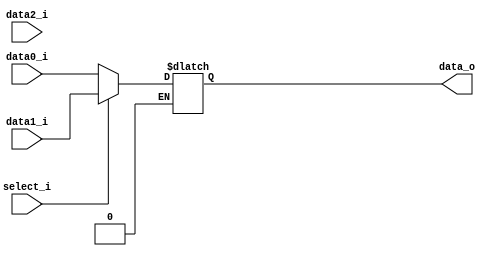
`timescale 1ns / 1ps
//////////////////////////////////////////////////////////////////////////////////
// Company: 
// Engineer: 
// 
// Design Name: 
// Module Name:    MUX_3to1 
// Project Name: 
// Target Devices: 
// Tool versions: 
// Description: 
//
// Dependencies: 
//
// Revision: 
// Revision 0.01 - File Created
// Additional Comments: 
//
//////////////////////////////////////////////////////////////////////////////////
module MUX_3to1(
   data0_i,
   data1_i,
   data2_i,
   select_i,
   data_o
    );

parameter size = 0;			   
			
//I/O ports               
input   [size-1:0] data0_i;          
input   [size-1:0] data1_i;
input   [size-1:0] data2_i;
input              select_i;
output  [size-1:0] data_o; 

//Internal Signals
reg     [size-1:0] data_o;

//Main function

always@(*)begin
	if(select_i==0) data_o<=data0_i;
	else if(select_i==1) data_o<=data1_i;
	else if(select_i==2) data_o<=data2_i;
	else data_o<=data_o;
end


endmodule